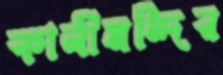
কালীমন্দির